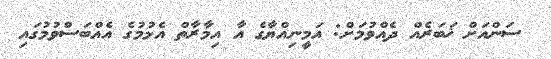
ސަންއަށް ޚަބަރެއް ދެއްވުމަށް: އަމީނިއްޔާގެ އާ އިމާރާތް އެޅުމުގެ އެއްބަސްވުމުގައި